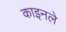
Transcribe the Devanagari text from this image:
काइनले